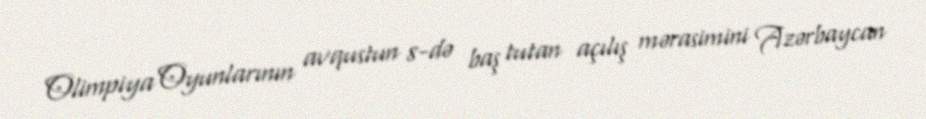
Olimpiya Oyunlarının avqustun 8-də baş tutan açılış mərasimini Azərbaycan